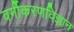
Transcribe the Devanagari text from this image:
वर्गीकरणविज्ञान